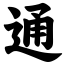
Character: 通